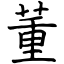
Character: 董